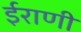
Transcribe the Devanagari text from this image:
ईराणी